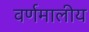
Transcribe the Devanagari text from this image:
वर्णमालीय